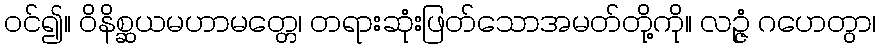
ဝင်၍။ ဝိနိစ္ဆယမဟာမတ္တေ၊ တရားဆုံးဖြတ်သောအမတ်တို့ကို။ လဉ္ဇံ ဂဟေတွာ၊